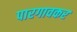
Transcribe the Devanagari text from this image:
पारगावकर